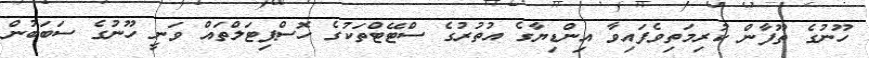
ހޫނުގެ ތޫފާން ކުރިމަތިވެފައިވާ އިންޑިޔާގެ އުތުރުގެ ސްޓޭޓްތަކުގެ ހޮސްޕިޓަލްތައް ވަނީ ހޫނުގެ ސަބަބުން